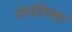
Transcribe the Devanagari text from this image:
सेवंतिका